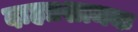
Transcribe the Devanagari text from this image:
दाहप्रशामक